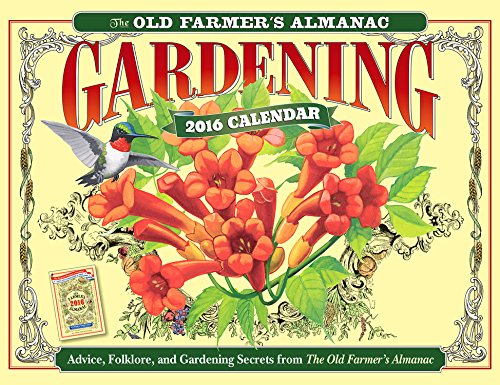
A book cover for The Old Farmer's Almanac 2016 Gardening Calendar; Old FarmerEEs Almanac; Calendars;